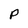
Character: p